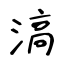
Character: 滈